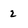
Character: 2